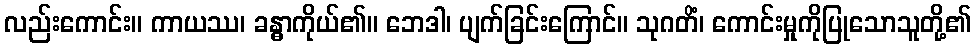
လည်းကောင်း။ ကာယဿ၊ ခန္ဓာကိုယ်၏။ ဘေဒါ၊ ပျက်ခြင်းကြောင်။ သုဂတိံ၊ ကောင်းမှုကိုပြုသောသူတို့၏